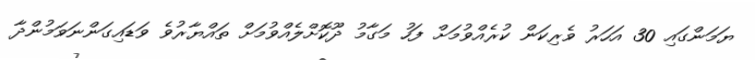
ޔަމަންގައި 30 އަހަރު ވެރިކަން ކުރެއްވުމަށް ފަހު މަގާމު ދޫކޮށްލެއްވުމަށް ތައްޔާރުވެ ވަޑައިގަންނަވަމުންދާ